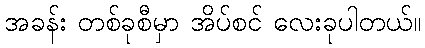
အခန်း တစ်ခုစီမှာ အိပ်စင် လေးခုပါတယ်။